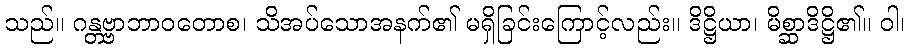
သည်။ ဂန္တဗ္ဗာဘာဝတောစ၊ သိအပ်သောအနက်၏ မရှိခြင်းကြောင့်လည်း။ ဒိဋ္ဌိယာ၊ မိစ္ဆာဒိဋ္ဌိ၏။ ဝါ၊